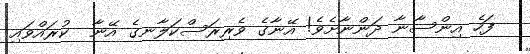
ފަހެ އިންސާނާ ދަންނާށެވެ! އޭނާގެ ވެރިރަސްކަލާނގެ އޭނާ  ކުރައްވައި